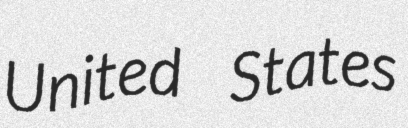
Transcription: United States